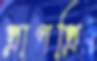
প্রাণপ্রি